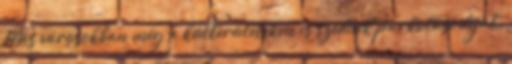
Más városokban még a külterületeken is szednek parkolási díjat.